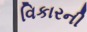
વિકારની